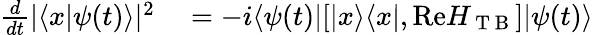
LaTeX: \begin{array}{rl}{\frac{d}{dt}|\langle x|\psi(t)\rangle|^{2}}&{{}=-i\langle\psi(t)|[|x\rangle\langle x|,\mathrm{Re}H_{\mathrm{~T~B~}}]|\psi(t)\rangle}\end{array}